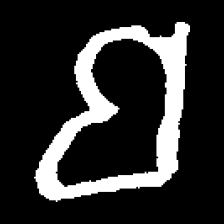
Pyu character \u2014 Myanmar letter: ဗ (romanized: ba)